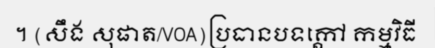
។ (សឹង សុផាត/VOA)ប្រធានបទក្តៅ កម្មវិធី